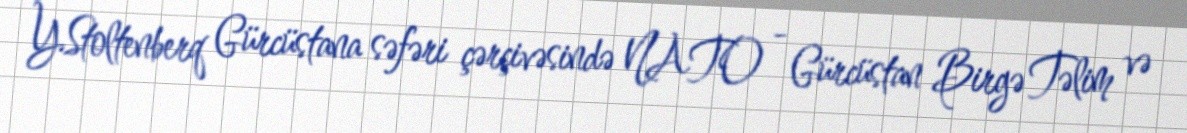
Y.Stoltenberq Gürcüstana səfəri çərçivəsində NATO - Gürcüstan Birgə Təlim və